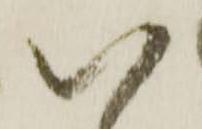
以